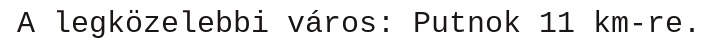
A legközelebbi város: Putnok 11 km-re.